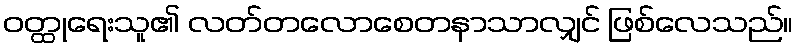
ဝတ္ထုရေးသူ၏ လတ်တလောစေတနာသာလျှင် ဖြစ်လေသည်။